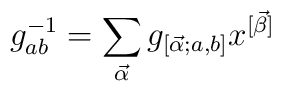
g^{-1}_{ab} = \sum_{\vec{\alpha}} g_{[\vec{\alpha};a,b]} x^{[\vec{\beta}]}